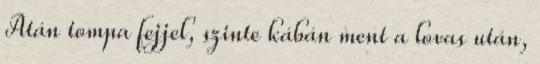
Atán tompa fejjel, szinte kábán ment a lovas után,